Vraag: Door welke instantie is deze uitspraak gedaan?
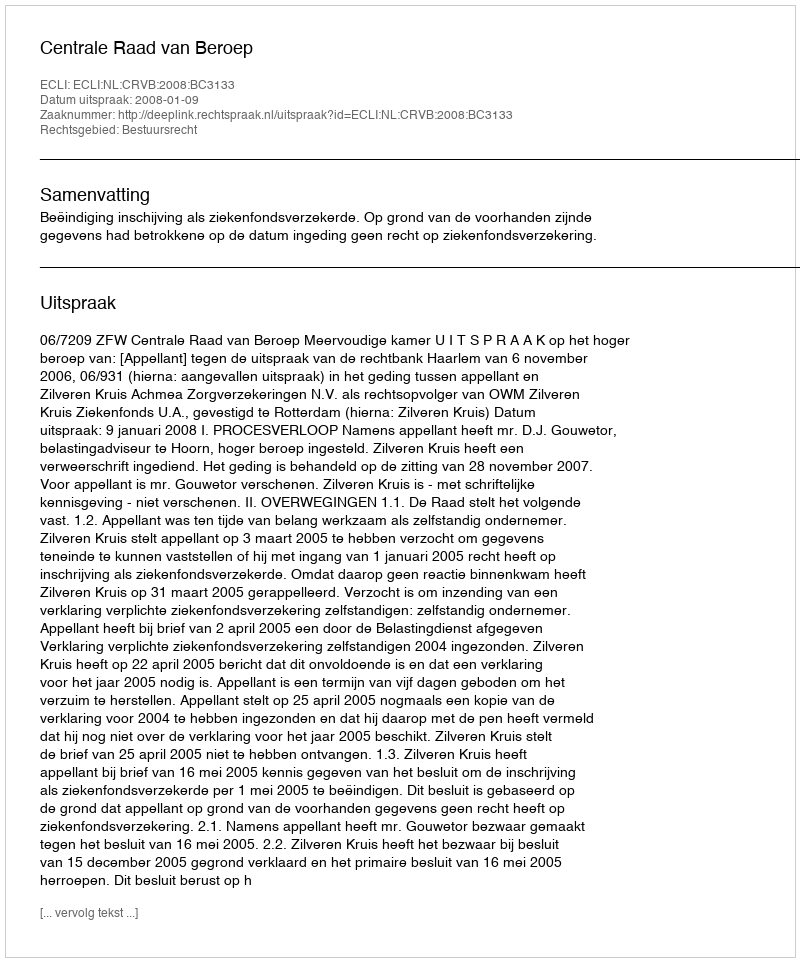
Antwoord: Centrale Raad van Beroep